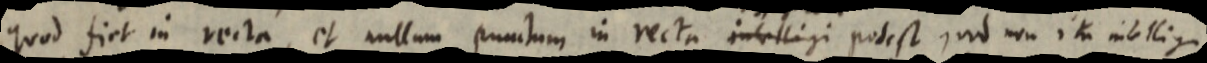
quod fiet in recta, et nullum punctum in recta intelligi potest quod non ita intelligi